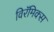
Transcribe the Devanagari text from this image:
विरॅमिक्स